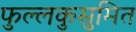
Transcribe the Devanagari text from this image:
फुल्लकुसुमित